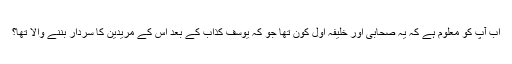
اب آپ کو معلوم ہے کہ یہ صحابی اور خلیفہ اول کون تھا جو کہ یوسف کذاب کے بعد اس کے مریدین کا سردار بننے والا تھا؟